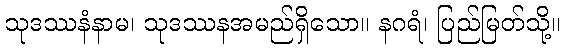
သုဒဿနံနာမ၊ သုဒဿနအမည်ရှိသော။ နဂရံ၊ ပြည်မြတ်သို့။